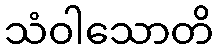
သံဝါသောတိ